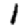
Digit: 1